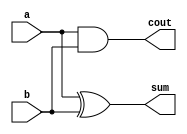
module HA(sum,cout,a,b);

	input a,b;
	output sum,cout;

	xor x1(sum,a,b);
	and x2(cout,a,b);

endmodule



module FA(sum,cout,a,b,cin);

	input a,b,cin;
	output sum,cout;
	wire s1,s2,s3,s4,s5;
	xor x1(s1,a,b);
	xor x2(sum,s1,cin);
	and a1(s2,a,b);
	and a2(s3,a,cin);
	and a3(s5,b,cin);
	or o1(s4,s2,s3);
	or o2(cout,s4,s5);

endmodule


module Frb(out,a,b);

	input [3:0] a;
	input [3:0] b;
	output [4:0] out;
	wire s0,s1,s2,s3,s4,h0;
	
	HA h(out[0],h0,a[0],b[0]);
	FA f1(out[1],h1,a[1],b[1],h0);
	FA f2(out[2],h2,a[2],b[2],h1);
	FA f3(out[3],out[4],a[3],b[3],h2);

endmodule